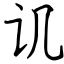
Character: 讥